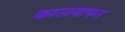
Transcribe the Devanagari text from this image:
कालयापन